65_HS1-834228961_62-HQ-83894_Serial_449
Agency: FBI
Page 15
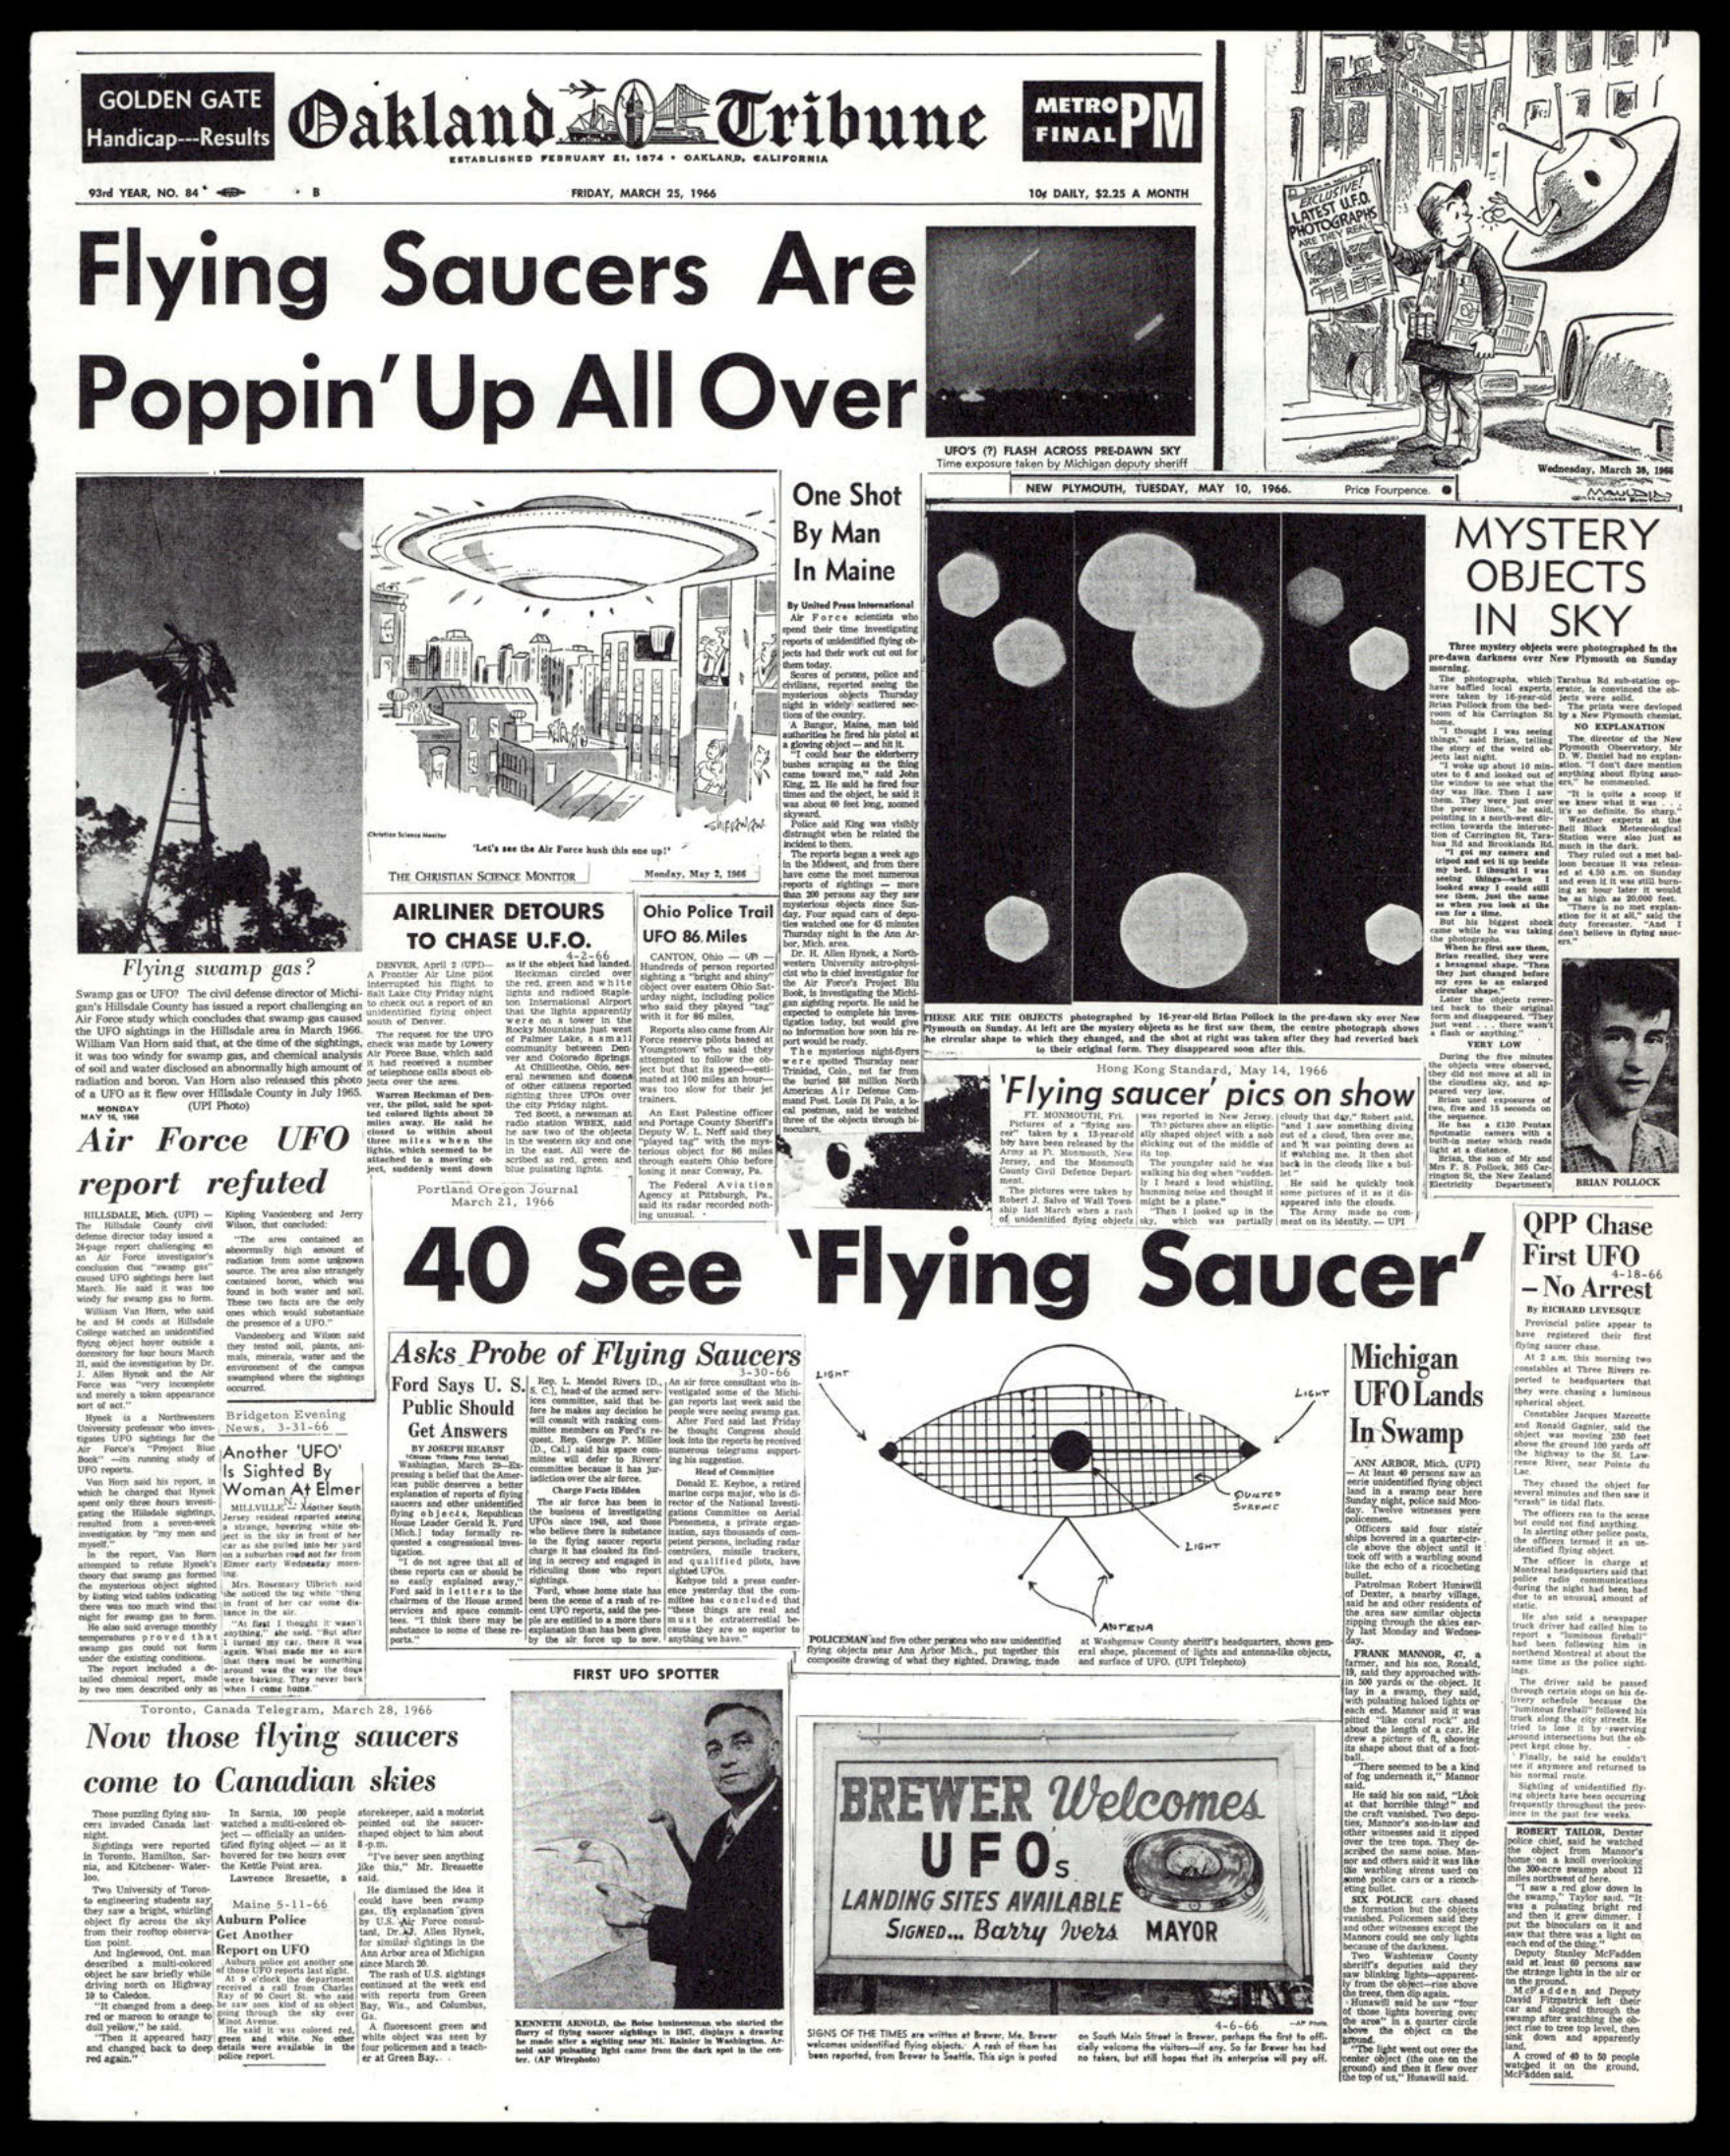